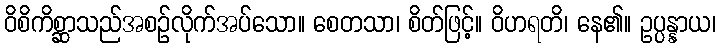
ဝိစိကိစ္ဆာသည်အစဉ်လိုက်အပ်သော။ စေတသာ၊ စိတ်ဖြင့်။ ဝိဟရတိ၊ နေ၏။ ဥပ္ပန္နာယ၊